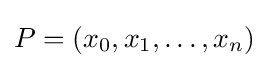
P=(x_{0},x_{1},\ldots ,x_{n})